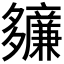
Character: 𫯙